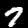
Label: 7